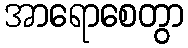
အာရောစေတွာ